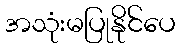
အသုံးမပြုနိုင်ပေ